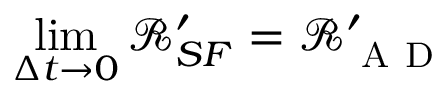
\operatorname* { l i m } _ { \Delta t \to 0 } \mathcal { R } _ { S F } ^ { \prime } = \mathcal { R } _ { \mathrm { ~ A ~ D ~ } } ^ { \prime }